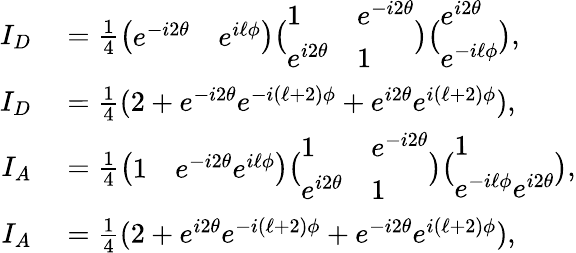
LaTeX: \begin{array}{rl}{I_{D}}&{{}=\frac{1}{4}\big(\begin{array}{ll}{e^{-i2\theta}}&{e^{i\ell\phi}}\end{array}\big)\big(\begin{array}{ll}{1}&{e^{-i2\theta}}\\ {e^{i2\theta}}&{1}\end{array}\big)\big(\begin{array}{l}{e^{i2\theta}}\\ {e^{-i\ell\phi}}\end{array}\big),}\\ {I_{D}}&{{}=\frac{1}{4}(2+e^{-i2\theta}e^{-i(\ell+2)\phi}+e^{i2\theta}e^{i(\ell+2)\phi}),}\\ {I_{A}}&{{}=\frac{1}{4}\big(\begin{array}{ll}{1}&{e^{-i2\theta}e^{i\ell\phi}}\end{array}\big)\big(\begin{array}{ll}{1}&{e^{-i2\theta}}\\ {e^{i2\theta}}&{1}\end{array}\big)\big(\begin{array}{l}{1}\\ {e^{-i\ell\phi}e^{i2\theta}}\end{array}\big),}\\ {I_{A}}&{{}=\frac{1}{4}(2+e^{i2\theta}e^{-i(\ell+2)\phi}+e^{-i2\theta}e^{i(\ell+2)\phi}),}\end{array}